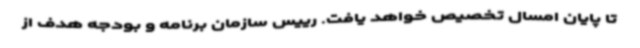
تا پایان امسال تخصیص خواهد یافت. رییس سازمان برنامه و بودجه هدف از